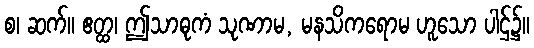
စ၊ ဆက်။ ဧတ္ထ၊ ဤသာဓုကံ သုဏာမ, မနသိကရောမ ဟူသော ပါဌ်၌။